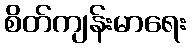
စိတ်ကျန်းမာရေး